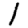
Digit: 1